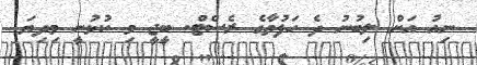
ނިއު އަށް ލިބުނު ދެ ހަފުތާގެ ރެސްޓް. ބީޖީ މި ކުޅުނީ މިދިޔަ